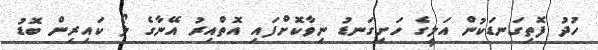
ހުދު ފޮތިގަނޑަކުން އަލީގެ ހަށިގަނޑު ނިވާކޮށްފައި އޮތްއިރު އޭނާގެ ލޯ ކައިރިން ބޮޑު